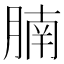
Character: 腩